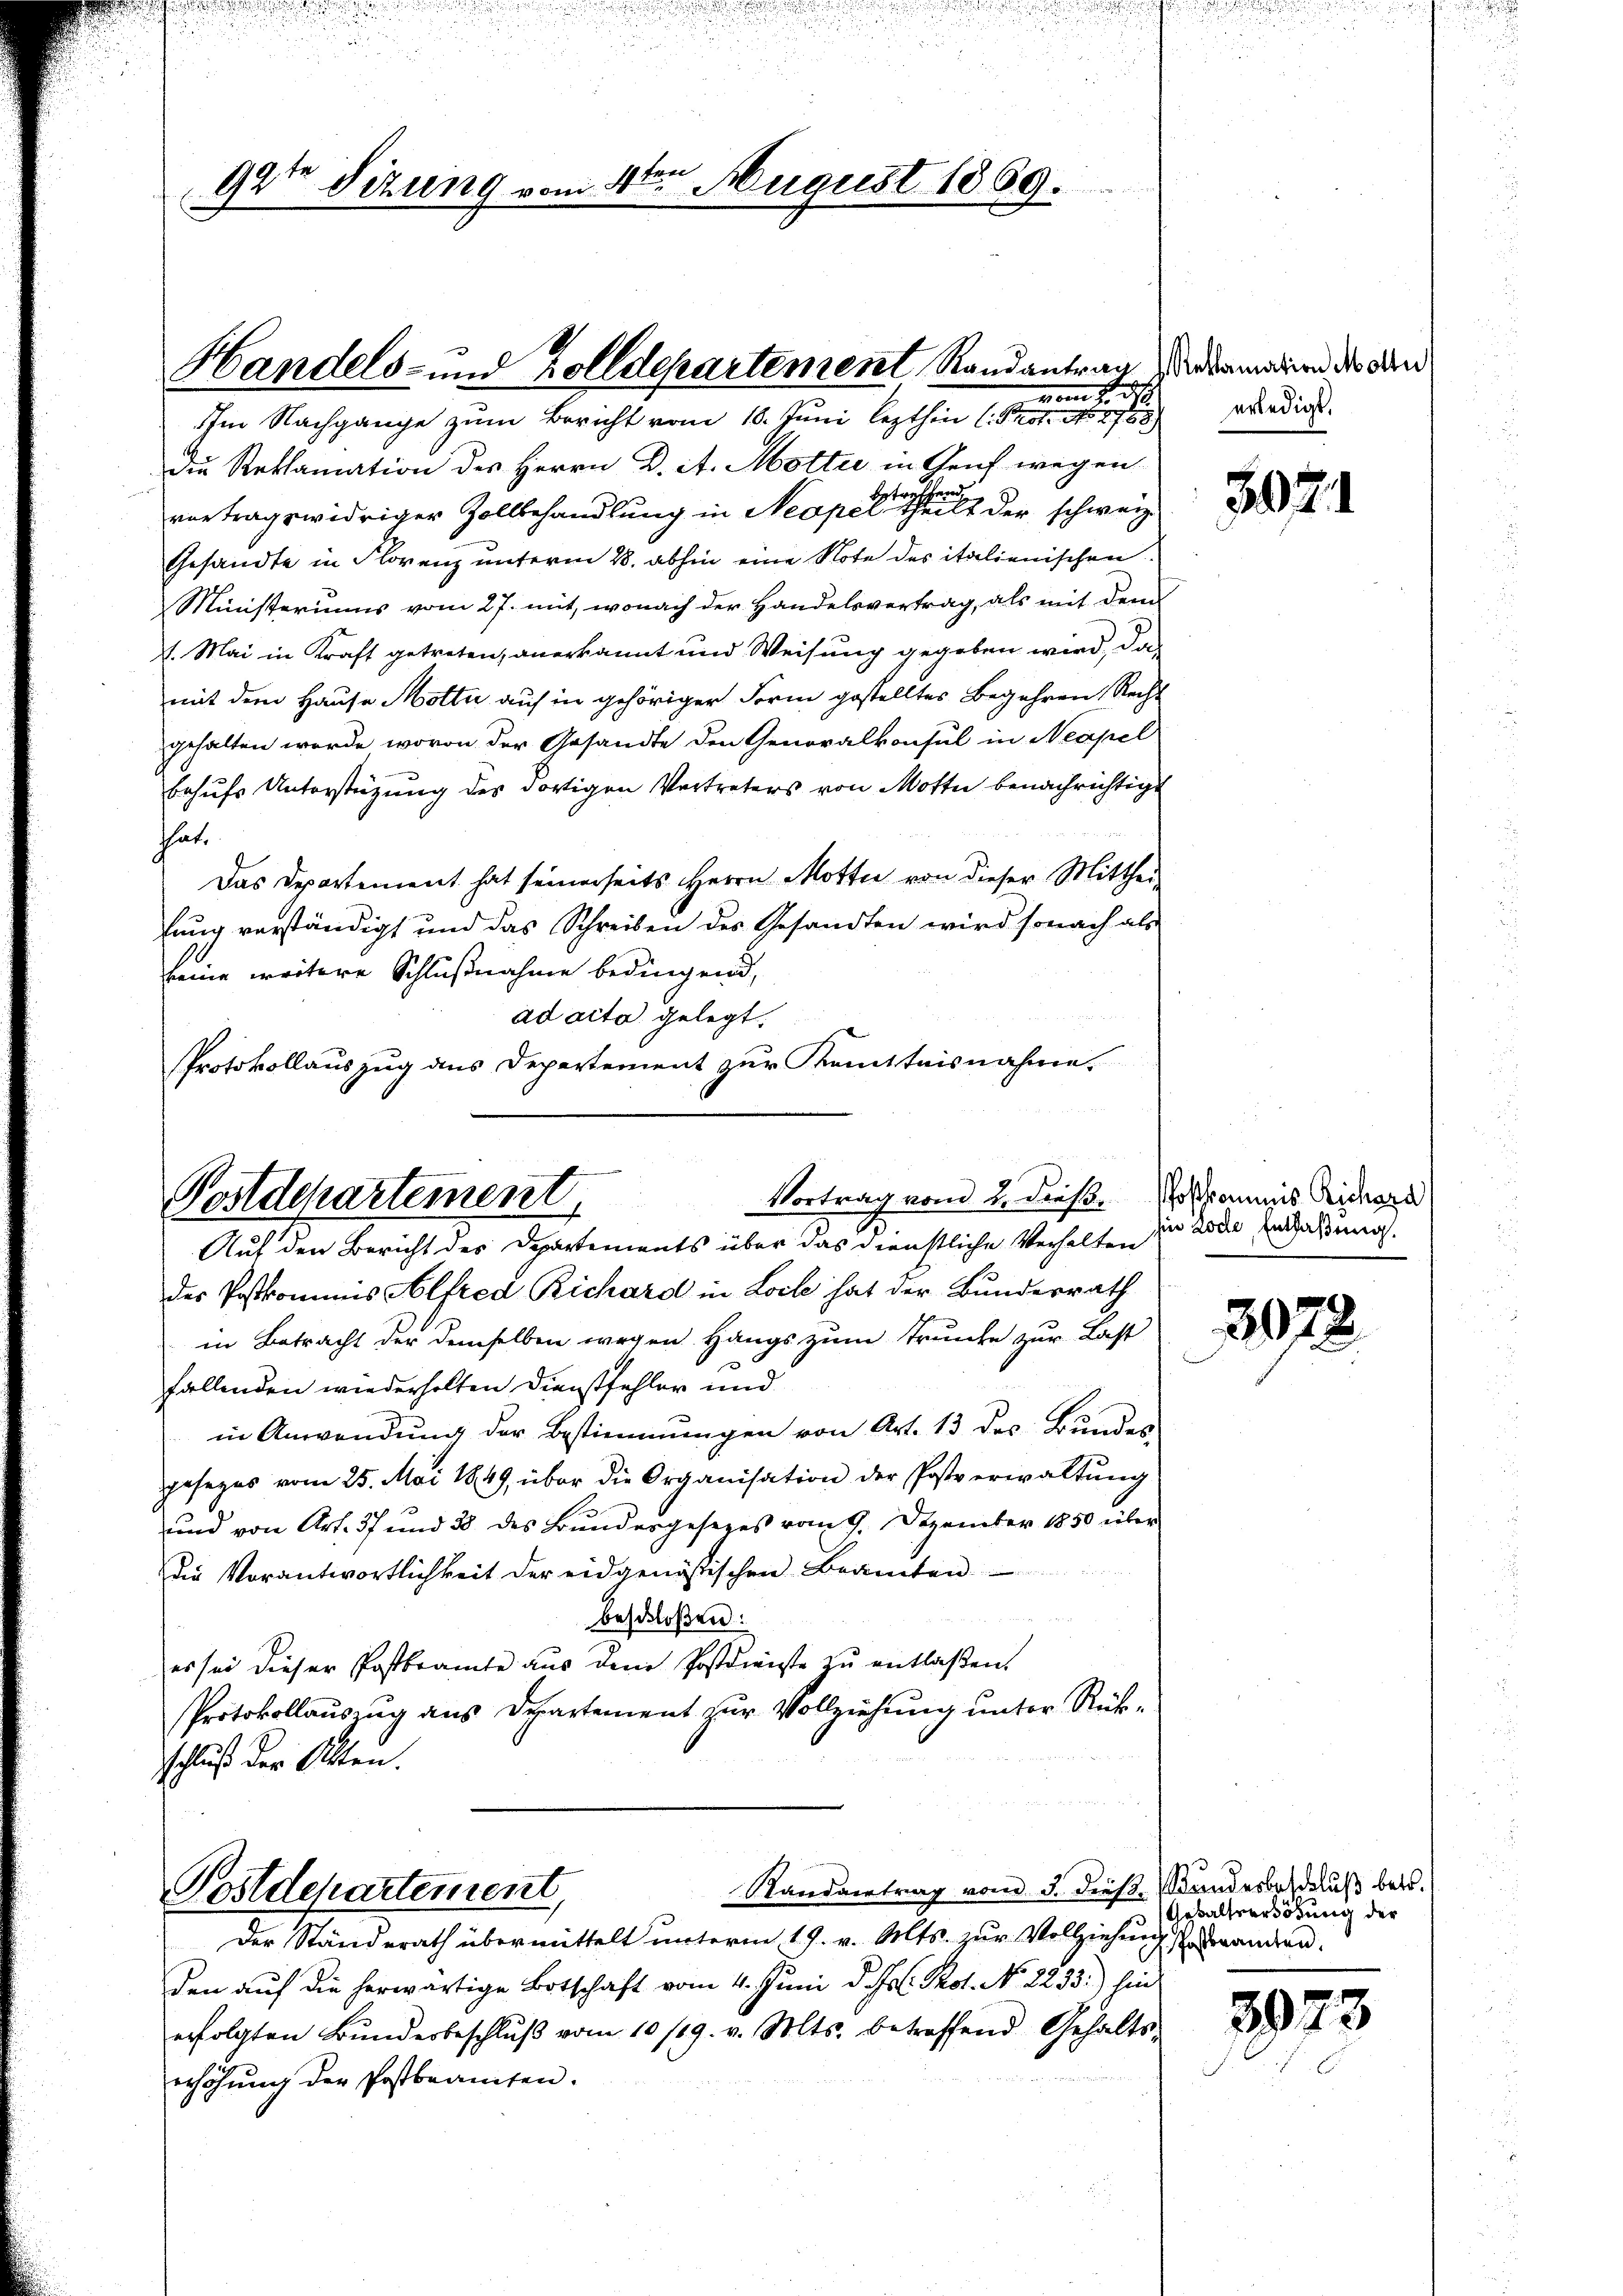
vom 1. d.
Im Nachgange zum Bericht vom 10. Juni lezthin (: Prot. No 27
Die Reklamation des Herrn D. A. Motti in Genf wegen
vertragswidriger Zollbehandlung in Neapel er hier alt der schweiz.
Gesandte in Florenz unterm 28. abhin eine Note des italienischen
Ministeriums vom 27. mit, wonach der Handelsvertrag, als mit dem
. Mai in Kraft getreten, anerkannt und Weisung gegeben wird, das
mit dem Hause Motter auf in gehöriger Form gestelltes Begehren Recht
gehalten werde, wovon der Gesandte den Generalkonsul in Neapel
behufs Unterstüzung des dortigen Vertreters von Motter benachrichtigt
hhat.
Das Departement hat seinerseits Herrn Motter von dieser Mitthei-
lung verständigt und das Schreiben des Gesandten wird sonach als
keine weitere Schlußnahme bedingend,
ad acta gelegt.
Protokollauszug aus Depertement zur Kemttnisnahme.

92te Sizung von

tone
40. August 1869.

Handels- und Zolldepartement Randantrag dermaiern des Kind

Vortrag von 2. dieß. Poschkommis Richard
Postdepartement

Auf den Bericht des Departements über das dienstliche Verhalten
der Postkommnis Alfred Richard in Loche hat der Bundesrath
in Betracht der demselben wegen Hängs zum Trunke zur Last
fallenden wiederholten Dienstfehler und
in Anwendung der Bestimmungen von Art. 13 des Bundes
gesezes vom 25. Mai 1849 über die Organisation der Postverwaltŭng
und von Art. 37 und 38 des Bundergesezes vom 9. Dezember 1850 über
Die Vorantwortlichkeit der eidgenößischen Beamten
beschloßen:
es sei dieser Postbeamte aus dem Postdienste zŭ entlaßen.
Protokollauszug aus Departement zur Vollziehung unter Rückschluß der Alten.

Postdepartement,

Randantrag vom 3. dieß. Wundesbeschluß betr.
Der Standerath übermittelt unterm 19. v. Mts. zŭr Vollziehung. Er anden.
den auf die herwärtige Botschaft vom 4. Juni d. Jos. Prot. No. 2233.) hin
erfolgten Bŭndesbeschlŭβ vom 10/19. v. Mts. betreffend Gehalts-
erhöhung der Postbeamten.

erledigt.

3024

hin zolle Entlaßung.

3078.

Geßalsverhöhung der

3973